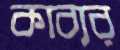
কাব্যর